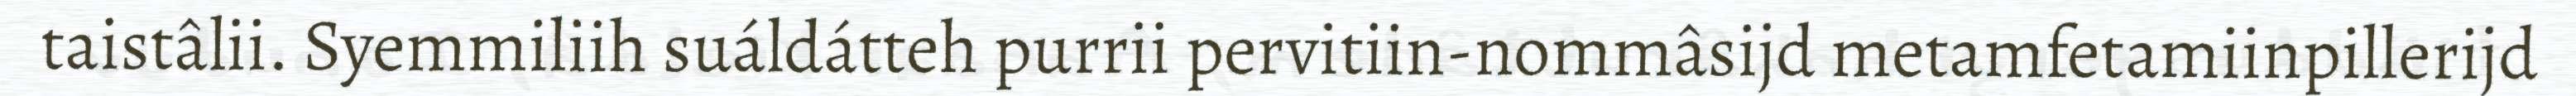
taistâlii. Syemmiliih suáldátteh purrii pervitiin-nommâsijd metamfetamiinpillerijd